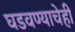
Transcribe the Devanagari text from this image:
घडवण्याचेही